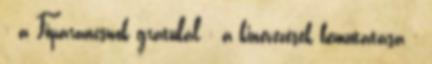
: a Főparancsnok gratulál : a kinevezések bemutatása :